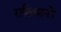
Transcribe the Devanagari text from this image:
राशिमानों